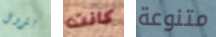
بترول كانت متنوعة